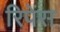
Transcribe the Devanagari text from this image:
रिपेंस